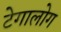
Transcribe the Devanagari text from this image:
टेगालोग